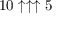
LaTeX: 1 0 \uparrow \uparrow \uparrow 5